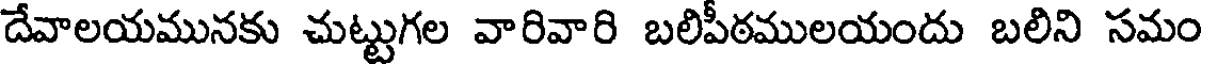
దేవాలయమునకు చుట్టుగల వారివారి బలిపీఠములయందు బలిని సమం